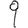
Digit: 9